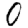
Digit: 0